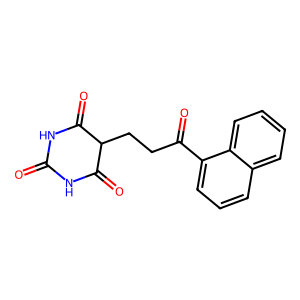
SMILES: O=C1NC(=O)C(CCC(=O)c2cccc3ccccc23)C(=O)N1
Inhibits HIV replication: No